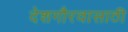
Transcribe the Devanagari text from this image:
देशगौरवासाठी